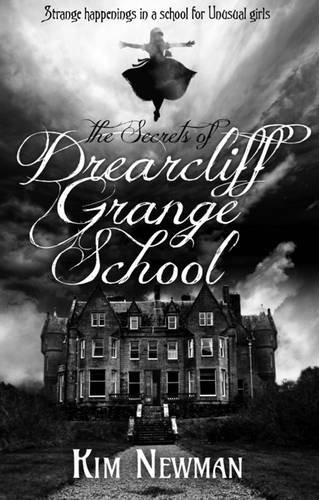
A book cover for The Secrets of Drearcliff Grange School; Kim Newman; Science Fiction & Fantasy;